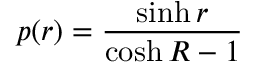
p ( r ) = \frac { \sinh r } { \cosh R - 1 }